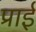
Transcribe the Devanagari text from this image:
प्राई